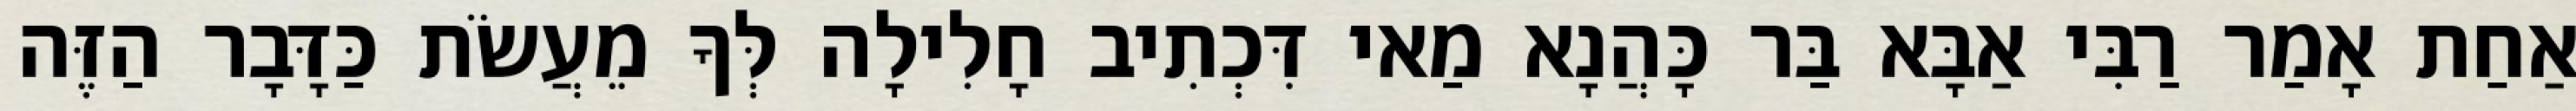
אַחַת אָמַר רַבִּי אַבָּא בַּר כָּהֲנָא מַאי דִּכְתִיב חָלִילָה לְּךָ מֵעֲשֹׂת כַּדָּבָר הַזֶּה